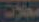
محلات